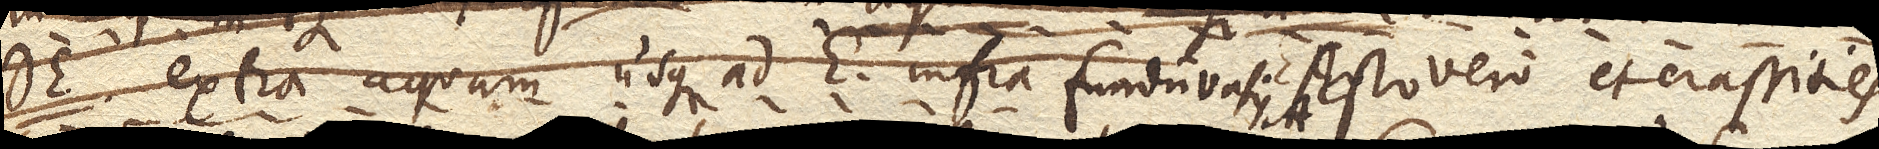
DE. extra aquam usque ad E. infra fundum vasis A. Esto vero et crassities